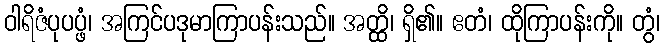
ဝါရိဇံပုပပ္ဖံ၊ အကြင်ပဒုမာကြာပန်းသည်။ အတ္ထိ၊ ရှိ၏။ ဧတံ၊ ထိုကြာပန်းကို။ တွံ၊